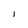
Character: I